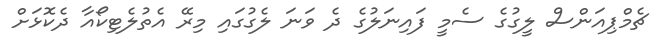
ޗެމްޕިއަންސް ލީގުގެ ސެމީ ފައިނަލުގެ ދެ ވަނަ ލެގުގައި މިރޭ އެތުލެޓިކޯއާ ދެކޮޅަށް